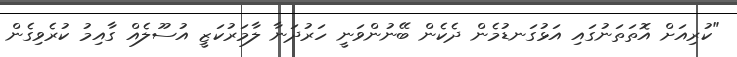
"ކުރިއަށް އޮތަތަނުގައި އަޅުގަނޑުމެން ދެކެން ބޭނުންވަނީ ހަރުދަނާ ލާމަރުކަޒީ އުސޫލެއް ގާއިމު ކުރެވިގެން